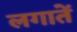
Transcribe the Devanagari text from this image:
लगातें